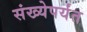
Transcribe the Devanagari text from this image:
संख्येपर्यंत